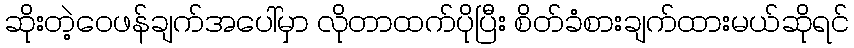
ဆိုးတဲ့ဝေဖန်ချက်အပေါ်မှာ လိုတာထက်ပိုပြီး စိတ်ခံစားချက်ထားမယ်ဆိုရင်